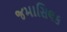
જમાસિલક